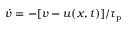
\dot { v } = - [ v - u ( x , t ) ] / \tau _ { \mathrm { p } }